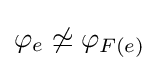
\varphi _{e}\not \simeq \varphi _{F(e)}